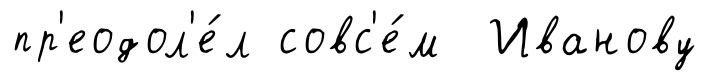
пр'еодол'е́л совс'е́м Иванову